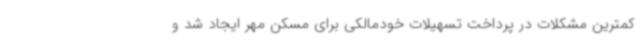
کمترین مشکلات در پرداخت تسهیلات خودمالکی برای مسکن مهر ایجاد شد و